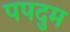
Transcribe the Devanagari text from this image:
पपदुम